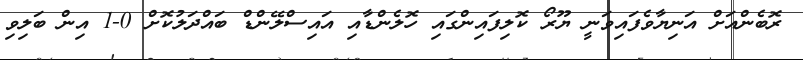
ރޮބެންއަށް އަނިޔާވެފައިވަނީ ޔޫރޯ ކޮލިފައިންގައި ހޮލެންޑާއި އައިސްލޭންޑް ބައްދަލުކޮށް 0-1 އިން ބަލިވި